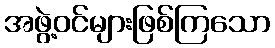
အဖွဲ့ဝင်များဖြစ်ကြသော